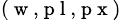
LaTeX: ^{(\mathrm{~w~,~p~l~,~p~x~})}